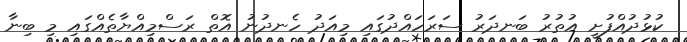
ކުޅުދުއްފުށީ އުތުރު ބަނދަރު ސަރަހައްދުގައި މިއަދު ހެނދުނު އޮތް ރަސްމިއްޔާތެއްގައި މި ބިނާ